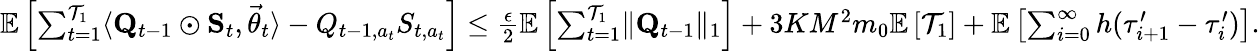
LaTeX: \begin{array}{r}{\mathbb E\left[\sum_{t=1}^{\mathcal T_{1}}\langle\mathbf Q_{t-1}\odot\mathbf S_{t},\vec{\theta}_{t}\rangle-Q_{t-1,a_{t}}S_{t,a_{t}}\right]\le\frac\epsilon 2\mathbb E\left[\sum_{t=1}^{\mathcal T_{1}}\lVert\mathbf Q_{t-1}\rVert_{1}\right]+3KM^{2}m_{0}\mathbb E\left[\mathcal T_{1}\right]+\mathbb E\left[\sum_{i=0}^{\infty}h(\tau_{i+1}^{\prime}-\tau_{i}^{\prime})\right].}\end{array}